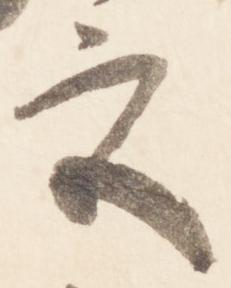
宮